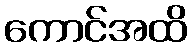
ကောင်အထိ